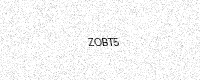
Text: ZOBT5